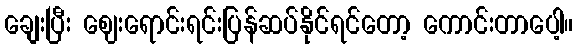
ချေးပြီး ဈေးရောင်းရင်းပြန်ဆပ်နိုင်ရင်တော့ ကောင်းတာပေါ့။